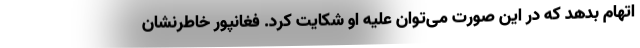
اتهام بدهد که در این صورت می‌توان علیه او شکایت کرد. فغانپور خاطرنشان